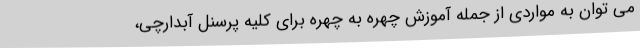
می توان به مواردی از جمله آموزش چهره به چهره برای کلیه پرسنل آبدارچی،